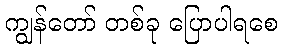
ကျွန်တော် တစ်ခု ပြောပါရစေ